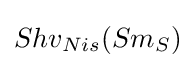
Shv_{Nis}(Sm_{S})